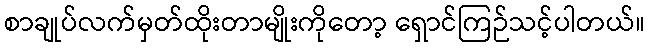
စာချုပ်လက်မှတ်ထိုးတာမျိုးကိုတော့ ရှောင်ကြဉ်သင့်ပါတယ်။